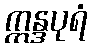
ဣန္ဒပုရံ